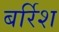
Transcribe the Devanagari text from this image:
बर्रिश